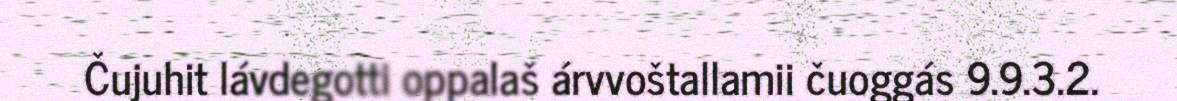
Čujuhit lávdegotti oppalaš árvvoštallamii čuoggás 9.9.3.2.